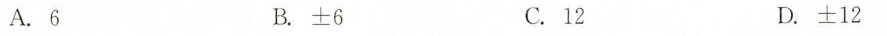
A.6 B.±6 C.12 D.±12